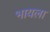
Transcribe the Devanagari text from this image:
भायला